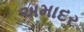
અમાદર